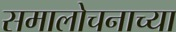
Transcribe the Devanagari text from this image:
समालोचनाच्या